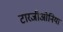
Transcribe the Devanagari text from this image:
टारजीओनिया